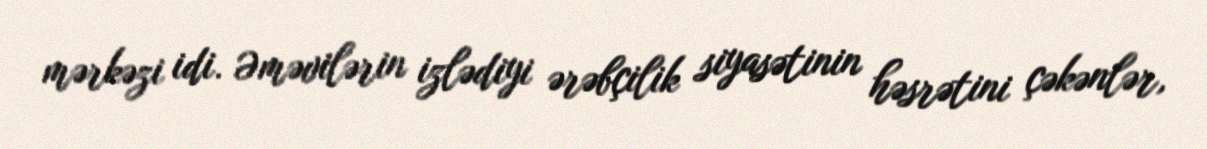
mərkəzi idi. Əməvilərin izlədiyi ərəbçilik siyasətinin həsrətini çəkənlər,